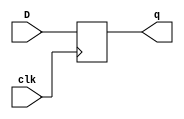
module dff(D,clk,q);
input D,clk;
output q;
reg q;
initial q<=0;
always @ (posedge clk)
 begin
  q<=D;
 end
endmodule

module s344(GND,VDD,CK,A0,A1,A2,A3,B0,B1,B2,B3,CNTVCO2,CNTVCON2,P0,P1,P2,P3,P4,
  P5,P6,P7,READY,START);
input GND,VDD,CK,START,B0,B1,B2,B3,A0,A1,A2,A3;
output P4,P5,P6,P7,P0,P1,P2,P3,CNTVCON2,CNTVCO2,READY;

  wire CT2,CNTVG3VD,CT1,CNTVG2VD,CT0,CNTVG1VD,ACVQN3,ACVG4VD1,ACVQN2,ACVG3VD1,
    ACVQN1,ACVG2VD1,ACVQN0,ACVG1VD1,MRVQN3,MRVG4VD,MRVQN2,MRVG3VD,MRVQN1,
    MRVG2VD,MRVQN0,MRVG1VD,AX3,AM3,AX2,AM2,AX1,AM1,AX0,AM0,CNTVG3VQN,CNTVG2VQN,
    CNTVG1VQN,CNTVCON0,CT1N,ACVPCN,CNTVCO0,AMVS0N,IINIIT,READYN,BMVS0N,
    AMVG5VS0P,AMVG4VS0P,AMVG3VS0P,AMVG2VS0P,AD0,AD0N,AD1,AD1N,AD2,AD2N,AD3,
    AD3N,CNTVG3VD1,CNTVCON1,CNTVG1VD1,BMVG5VS0P,BMVG4VS0P,BMVG3VS0P,BMVG2VS0P,
    SMVS0N,ADSH,MRVSHLDN,ADDVC1,ADDVG1VCN,SMVG5VS0P,SMVG4VS0P,SMVG3VS0P,
    SMVG2VS0P,CNTVG1VZ,CNTVG1VZ1,AMVG5VX,AMVG4VX,AMVG3VX,AMVG2VX,S0,ADDVG1VP,
    BM3,BMVG5VX,BM2,BMVG4VX,BM1,BMVG3VX,BM0,BMVG2VX,ADDVC2,ADDVG2VCN,S1,
    ADDVG2VSN,ADDVC3,ADDVG3VCN,S2,ADDVG3VSN,SM0,SMVG2VX,CO,ADDVG4VCN,S3,
    ADDVG4VSN,SM1,SMVG3VX,SM3,SMVG5VX,SM2,SMVG4VX,AMVG5VG1VAD1NF,
    AMVG4VG1VAD1NF,AMVG3VG1VAD1NF,AMVG2VG1VAD1NF,BMVG5VG1VAD1NF,BMVG4VG1VAD1NF,
    BMVG3VG1VAD1NF,BMVG2VG1VAD1NF,AMVG5VG1VAD2NF,AMVG4VG1VAD2NF,AMVG3VG1VAD2NF,
    AMVG2VG1VAD2NF,ADDVG2VCNVAD1NF,ADDVG3VCNVAD1NF,ADDVG4VCNVAD1NF,
    MRVG3VDVAD1NF,MRVG2VDVAD1NF,MRVG1VDVAD1NF,BMVG5VG1VAD2NF,BMVG4VG1VAD2NF,
    BMVG3VG1VAD2NF,BMVG2VG1VAD2NF,SMVG5VG1VAD1NF,SMVG4VG1VAD1NF,SMVG3VG1VAD1NF,
    SMVG2VG1VAD1NF,ADDVG2VCNVAD4NF,ADDVG2VCNVAD2NF,ADDVG2VCNVOR1NF,
    MRVG4VDVAD1NF,MRVG4VDVAD2NF,MRVG3VDVAD2NF,MRVG2VDVAD2NF,MRVG1VDVAD2NF,
    ADDVG2VCNVAD3NF,ADDVG2VCNVOR2NF,ADDVG3VCNVAD4NF,ADDVG3VCNVAD2NF,
    ADDVG3VCNVOR1NF,ADDVG3VCNVAD3NF,ADDVG3VCNVOR2NF,SMVG2VG1VAD2NF,
    ADDVG4VCNVAD4NF,ADDVG4VCNVAD2NF,ADDVG4VCNVOR1NF,ADDVG4VCNVAD3NF,
    ADDVG4VCNVOR2NF,SMVG3VG1VAD2NF,SMVG5VG1VAD2NF,SMVG4VG1VAD2NF,
    ADDVG1VPVOR1NF,CNTVG3VG2VOR1NF,CNTVG2VG2VOR1NF,CNTVG2VD1,CNTVCO1,CNTVG3VZ1,
    CNTVG2VZ1,CNTVG3VZ,CNTVG2VZ;

  dff DFF_0(CK,CT2,CNTVG3VD);
  dff DFF_1(CK,CT1,CNTVG2VD);
  dff DFF_2(CK,CT0,CNTVG1VD);
  dff DFF_3(CK,ACVQN3,ACVG4VD1);
  dff DFF_4(CK,ACVQN2,ACVG3VD1);
  dff DFF_5(CK,ACVQN1,ACVG2VD1);
  dff DFF_6(CK,ACVQN0,ACVG1VD1);
  dff DFF_7(CK,MRVQN3,MRVG4VD);
  dff DFF_8(CK,MRVQN2,MRVG3VD);
  dff DFF_9(CK,MRVQN1,MRVG2VD);
  dff DFF_10(CK,MRVQN0,MRVG1VD);
  dff DFF_11(CK,AX3,AM3);
  dff DFF_12(CK,AX2,AM2);
  dff DFF_13(CK,AX1,AM1);
  dff DFF_14(CK,AX0,AM0);
  not NOT_0(CNTVG3VQN,CT2);
  not NOT_1(CNTVG2VQN,CT1);
  not NOT_2(CNTVG1VQN,CT0);
  not NOT_3(P7,ACVQN3);
  not NOT_4(P6,ACVQN2);
  not NOT_5(P5,ACVQN1);
  not NOT_6(P4,ACVQN0);
  not NOT_7(P3,MRVQN3);
  not NOT_8(P2,MRVQN2);
  not NOT_9(P1,MRVQN1);
  not NOT_10(P0,MRVQN0);
  not NOT_11(CNTVCON0,CT0);
  not NOT_12(CT1N,CT1);
  not NOT_13(ACVPCN,START);
  not NOT_14(CNTVCO0,CNTVG1VQN);
  not NOT_15(AMVS0N,IINIIT);
  not NOT_16(READY,READYN);
  not NOT_17(BMVS0N,READYN);
  not NOT_18(AMVG5VS0P,AMVS0N);
  not NOT_19(AMVG4VS0P,AMVS0N);
  not NOT_20(AMVG3VS0P,AMVS0N);
  not NOT_21(AMVG2VS0P,AMVS0N);
  not NOT_22(AD0,AD0N);
  not NOT_23(AD1,AD1N);
  not NOT_24(AD2,AD2N);
  not NOT_25(AD3,AD3N);
  not NOT_26(CNTVG3VD1,CNTVCON1);
  not NOT_27(CNTVG1VD1,READY);
  not NOT_28(BMVG5VS0P,BMVS0N);
  not NOT_29(BMVG4VS0P,BMVS0N);
  not NOT_30(BMVG3VS0P,BMVS0N);
  not NOT_31(BMVG2VS0P,BMVS0N);
  not NOT_32(SMVS0N,ADSH);
  not NOT_33(MRVSHLDN,ADSH);
  not NOT_34(ADDVC1,ADDVG1VCN);
  not NOT_35(SMVG5VS0P,SMVS0N);
  not NOT_36(SMVG4VS0P,SMVS0N);
  not NOT_37(SMVG3VS0P,SMVS0N);
  not NOT_38(SMVG2VS0P,SMVS0N);
  not NOT_39(CNTVG1VZ,CNTVG1VZ1);
  not NOT_40(AM3,AMVG5VX);
  not NOT_41(AM2,AMVG4VX);
  not NOT_42(AM1,AMVG3VX);
  not NOT_43(AM0,AMVG2VX);
  not NOT_44(S0,ADDVG1VP);
  not NOT_45(BM3,BMVG5VX);
  not NOT_46(BM2,BMVG4VX);
  not NOT_47(BM1,BMVG3VX);
  not NOT_48(BM0,BMVG2VX);
  not NOT_49(ADDVC2,ADDVG2VCN);
  not NOT_50(S1,ADDVG2VSN);
  not NOT_51(ADDVC3,ADDVG3VCN);
  not NOT_52(S2,ADDVG3VSN);
  not NOT_53(SM0,SMVG2VX);
  not NOT_54(CO,ADDVG4VCN);
  not NOT_55(S3,ADDVG4VSN);
  not NOT_56(SM1,SMVG3VX);
  not NOT_57(SM3,SMVG5VX);
  not NOT_58(SM2,SMVG4VX);
  and AND2_0(AMVG5VG1VAD1NF,AMVS0N,AX3);
  and AND2_1(AMVG4VG1VAD1NF,AMVS0N,AX2);
  and AND2_2(AMVG3VG1VAD1NF,AMVS0N,AX1);
  and AND2_3(AMVG2VG1VAD1NF,AMVS0N,AX0);
  and AND2_4(BMVG5VG1VAD1NF,BMVS0N,P3);
  and AND2_5(BMVG4VG1VAD1NF,BMVS0N,P2);
  and AND2_6(BMVG3VG1VAD1NF,BMVS0N,P1);
  and AND2_7(BMVG2VG1VAD1NF,BMVS0N,P0);
  and AND2_8(AMVG5VG1VAD2NF,AMVG5VS0P,A3);
  and AND2_9(AMVG4VG1VAD2NF,AMVG4VS0P,A2);
  and AND2_10(AMVG3VG1VAD2NF,AMVG3VS0P,A1);
  and AND2_11(AMVG2VG1VAD2NF,AMVG2VS0P,A0);
  and AND2_12(ADDVG2VCNVAD1NF,AD1,P5);
  and AND2_13(ADDVG3VCNVAD1NF,AD2,P6);
  and AND2_14(ADDVG4VCNVAD1NF,AD3,P7);
  and AND2_15(MRVG3VDVAD1NF,ADSH,P3);
  and AND2_16(MRVG2VDVAD1NF,ADSH,P2);
  and AND2_17(MRVG1VDVAD1NF,ADSH,P1);
  and AND2_18(BMVG5VG1VAD2NF,BMVG5VS0P,B3);
  and AND2_19(BMVG4VG1VAD2NF,BMVG4VS0P,B2);
  and AND2_20(BMVG3VG1VAD2NF,BMVG3VS0P,B1);
  and AND2_21(BMVG2VG1VAD2NF,BMVG2VS0P,B0);
  and AND2_22(SMVG5VG1VAD1NF,SMVS0N,P7);
  and AND2_23(SMVG4VG1VAD1NF,SMVS0N,P6);
  and AND2_24(SMVG3VG1VAD1NF,SMVS0N,P5);
  and AND2_25(SMVG2VG1VAD1NF,SMVS0N,P4);
  and AND3_0(ADDVG2VCNVAD4NF,ADDVC1,AD1,P5);
  and AND2_26(ADDVG2VCNVAD2NF,ADDVC1,ADDVG2VCNVOR1NF);
  and AND2_27(MRVG4VDVAD1NF,ADSH,S0);
  and AND2_28(MRVG4VDVAD2NF,MRVSHLDN,BM3);
  and AND2_29(MRVG3VDVAD2NF,MRVSHLDN,BM2);
  and AND2_30(MRVG2VDVAD2NF,MRVSHLDN,BM1);
  and AND2_31(MRVG1VDVAD2NF,MRVSHLDN,BM0);
  and AND2_32(ADDVG2VCNVAD3NF,ADDVG2VCNVOR2NF,ADDVG2VCN);
  and AND3_1(ADDVG3VCNVAD4NF,ADDVC2,AD2,P6);
  and AND2_33(ADDVG3VCNVAD2NF,ADDVC2,ADDVG3VCNVOR1NF);
  and AND2_34(ADDVG3VCNVAD3NF,ADDVG3VCNVOR2NF,ADDVG3VCN);
  and AND2_35(SMVG2VG1VAD2NF,SMVG2VS0P,S1);
  and AND3_2(ADDVG4VCNVAD4NF,ADDVC3,AD3,P7);
  and AND2_36(ADDVG4VCNVAD2NF,ADDVC3,ADDVG4VCNVOR1NF);
  and AND2_37(ADDVG4VCNVAD3NF,ADDVG4VCNVOR2NF,ADDVG4VCN);
  and AND2_38(SMVG3VG1VAD2NF,SMVG3VS0P,S2);
  and AND2_39(SMVG5VG1VAD2NF,SMVG5VS0P,CO);
  and AND2_40(SMVG4VG1VAD2NF,SMVG4VS0P,S3);
  or OR2_0(ADDVG1VPVOR1NF,AD0,P4);
  or OR2_1(ADDVG2VCNVOR1NF,AD1,P5);
  or OR2_2(ADDVG3VCNVOR1NF,AD2,P6);
  or OR2_3(ADDVG4VCNVOR1NF,AD3,P7);
  or OR2_4(CNTVG3VG2VOR1NF,CT2,CNTVG3VD1);
  or OR2_5(CNTVG2VG2VOR1NF,CT1,CNTVG2VD1);
  or OR3_0(ADDVG2VCNVOR2NF,ADDVC1,AD1,P5);
  or OR3_1(ADDVG3VCNVOR2NF,ADDVC2,AD2,P6);
  or OR3_2(ADDVG4VCNVOR2NF,ADDVC3,AD3,P7);
  nand NAND3_0(READYN,CT0,CT1N,CT2);
  nand NAND2_0(AD0N,P0,AX0);
  nand NAND2_1(AD1N,P0,AX1);
  nand NAND2_2(AD2N,P0,AX2);
  nand NAND2_3(AD3N,P0,AX3);
  nand NAND2_4(CNTVCON1,CT1,CNTVCO0);
  nand NAND2_5(CNTVCON2,CT2,CNTVCO1);
  nand NAND2_6(ADDVG1VCN,AD0,P4);
  nand NAND2_7(CNTVG3VZ1,CT2,CNTVG3VD1);
  nand NAND2_8(CNTVG2VZ1,CT1,CNTVG2VD1);
  nand NAND2_9(CNTVG1VZ1,CT0,CNTVG1VD1);
  nand NAND2_10(ADDVG1VP,ADDVG1VPVOR1NF,ADDVG1VCN);
  nand NAND2_11(CNTVG3VZ,CNTVG3VG2VOR1NF,CNTVG3VZ1);
  nand NAND2_12(CNTVG2VZ,CNTVG2VG2VOR1NF,CNTVG2VZ1);
  nand NAND2_13(ACVG1VD1,ACVPCN,SM0);
  nand NAND2_14(ACVG2VD1,ACVPCN,SM1);
  nand NAND2_15(ACVG4VD1,ACVPCN,SM3);
  nand NAND2_16(ACVG3VD1,ACVPCN,SM2);
  nor NOR3_0(IINIIT,CT0,CT1,CT2);
  nor NOR2_0(CNTVCO1,CNTVG2VQN,CNTVCON0);
  nor NOR2_1(CNTVCO2,CNTVG3VQN,CNTVCON1);
  nor NOR2_2(ADSH,READY,IINIIT);
  nor NOR2_3(CNTVG2VD1,READY,CNTVCON0);
  nor NOR2_4(AMVG5VX,AMVG5VG1VAD2NF,AMVG5VG1VAD1NF);
  nor NOR2_5(AMVG4VX,AMVG4VG1VAD2NF,AMVG4VG1VAD1NF);
  nor NOR2_6(AMVG3VX,AMVG3VG1VAD2NF,AMVG3VG1VAD1NF);
  nor NOR2_7(AMVG2VX,AMVG2VG1VAD2NF,AMVG2VG1VAD1NF);
  nor NOR2_8(BMVG5VX,BMVG5VG1VAD2NF,BMVG5VG1VAD1NF);
  nor NOR2_9(BMVG4VX,BMVG4VG1VAD2NF,BMVG4VG1VAD1NF);
  nor NOR2_10(BMVG3VX,BMVG3VG1VAD2NF,BMVG3VG1VAD1NF);
  nor NOR2_11(BMVG2VX,BMVG2VG1VAD2NF,BMVG2VG1VAD1NF);
  nor NOR2_12(CNTVG3VD,CNTVG3VZ,START);
  nor NOR2_13(CNTVG2VD,CNTVG2VZ,START);
  nor NOR2_14(CNTVG1VD,CNTVG1VZ,START);
  nor NOR2_15(ADDVG2VCN,ADDVG2VCNVAD2NF,ADDVG2VCNVAD1NF);
  nor NOR2_16(MRVG4VD,MRVG4VDVAD2NF,MRVG4VDVAD1NF);
  nor NOR2_17(MRVG3VD,MRVG3VDVAD2NF,MRVG3VDVAD1NF);
  nor NOR2_18(MRVG2VD,MRVG2VDVAD2NF,MRVG2VDVAD1NF);
  nor NOR2_19(MRVG1VD,MRVG1VDVAD2NF,MRVG1VDVAD1NF);
  nor NOR2_20(ADDVG2VSN,ADDVG2VCNVAD4NF,ADDVG2VCNVAD3NF);
  nor NOR2_21(ADDVG3VCN,ADDVG3VCNVAD2NF,ADDVG3VCNVAD1NF);
  nor NOR2_22(ADDVG3VSN,ADDVG3VCNVAD4NF,ADDVG3VCNVAD3NF);
  nor NOR2_23(SMVG2VX,SMVG2VG1VAD2NF,SMVG2VG1VAD1NF);
  nor NOR2_24(ADDVG4VCN,ADDVG4VCNVAD2NF,ADDVG4VCNVAD1NF);
  nor NOR2_25(ADDVG4VSN,ADDVG4VCNVAD4NF,ADDVG4VCNVAD3NF);
  nor NOR2_26(SMVG3VX,SMVG3VG1VAD2NF,SMVG3VG1VAD1NF);
  nor NOR2_27(SMVG5VX,SMVG5VG1VAD2NF,SMVG5VG1VAD1NF);
  nor NOR2_28(SMVG4VX,SMVG4VG1VAD2NF,SMVG4VG1VAD1NF);

endmodule